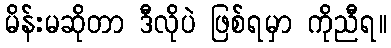
မိန်းမဆိုတာ ဒီလိုပဲ ဖြစ်ရမှာ ကိုညီရ။